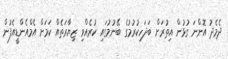
ދެމެދު އޮންނަ ގުޅުން އިތުރަށް ބަދަހިކުރުމުގެ ބޭނުމުގައި ކުރެއްވި ޒިޔާރަތެއް ކަމަށް އެމްއެންޑީއެފުން